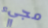
مجيء